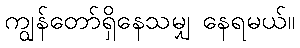
ကျွန်တော်ရှိနေသမျှ နေရမယ်။